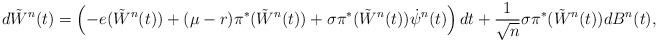
\begin{align*}d\tilde W^n(t) &= \left(-e(\tilde W^n(t))+(\mu-r)\pi^*(\tilde W^n(t))+\sigma\pi^*(\tilde W^n(t))\dot\psi^n(t)\right)dt+\frac{1}{\sqrt{n}}\sigma\pi^*(\tilde W^n(t))dB^n(t),\end{align*}